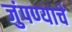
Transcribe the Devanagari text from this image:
जुंपण्याचे